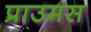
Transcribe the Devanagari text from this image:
प्राउमस